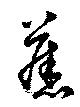
舊